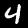
Digit: 4